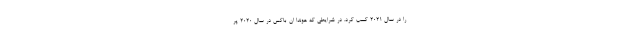
را در سال 2021 کسب کرد. در شرایطی که هوندا ان-باکس در سال 2020 پر